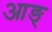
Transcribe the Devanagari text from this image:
आङ्‌